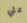
علي